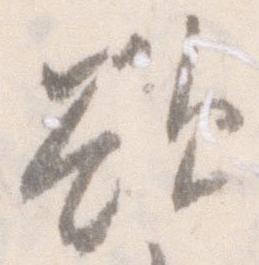
欲